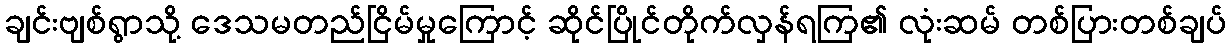
ချင်းဗျစ်ရွာသို့ ဒေသမတည်ငြိမ်မှုကြောင့် ဆိုင်ပြိုင်တိုက်လှန်ရကြ၏ လုံးဆမ် တစ်ပြားတစ်ချပ်